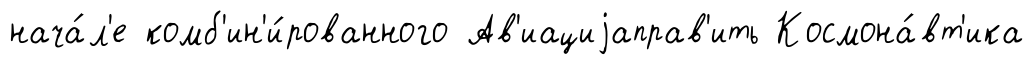
нача́л'е комб'ин'и́рованного Ав'иациjаправ'ить Космона́вт'ика